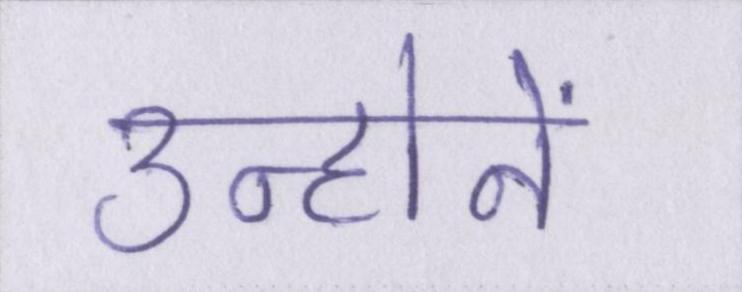
उन्होनें